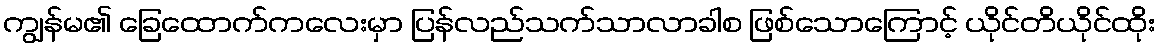
ကျွန်မ၏ ခြေထောက်ကလေးမှာ ပြန်လည်သက်သာလာခါစ ဖြစ်သောကြောင့် ယိုင်တိယိုင်ထိုး